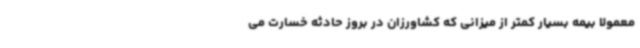
معمولا بیمه بسیار کمتر از میزانی که کشاورزان در بروز حادثه خسارت می